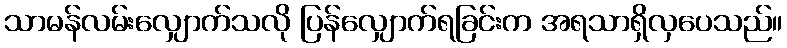
သာမန်လမ်းလျှောက်သလို ပြန်လျှောက်ရခြင်းက အရသာရှိလှပေသည်။